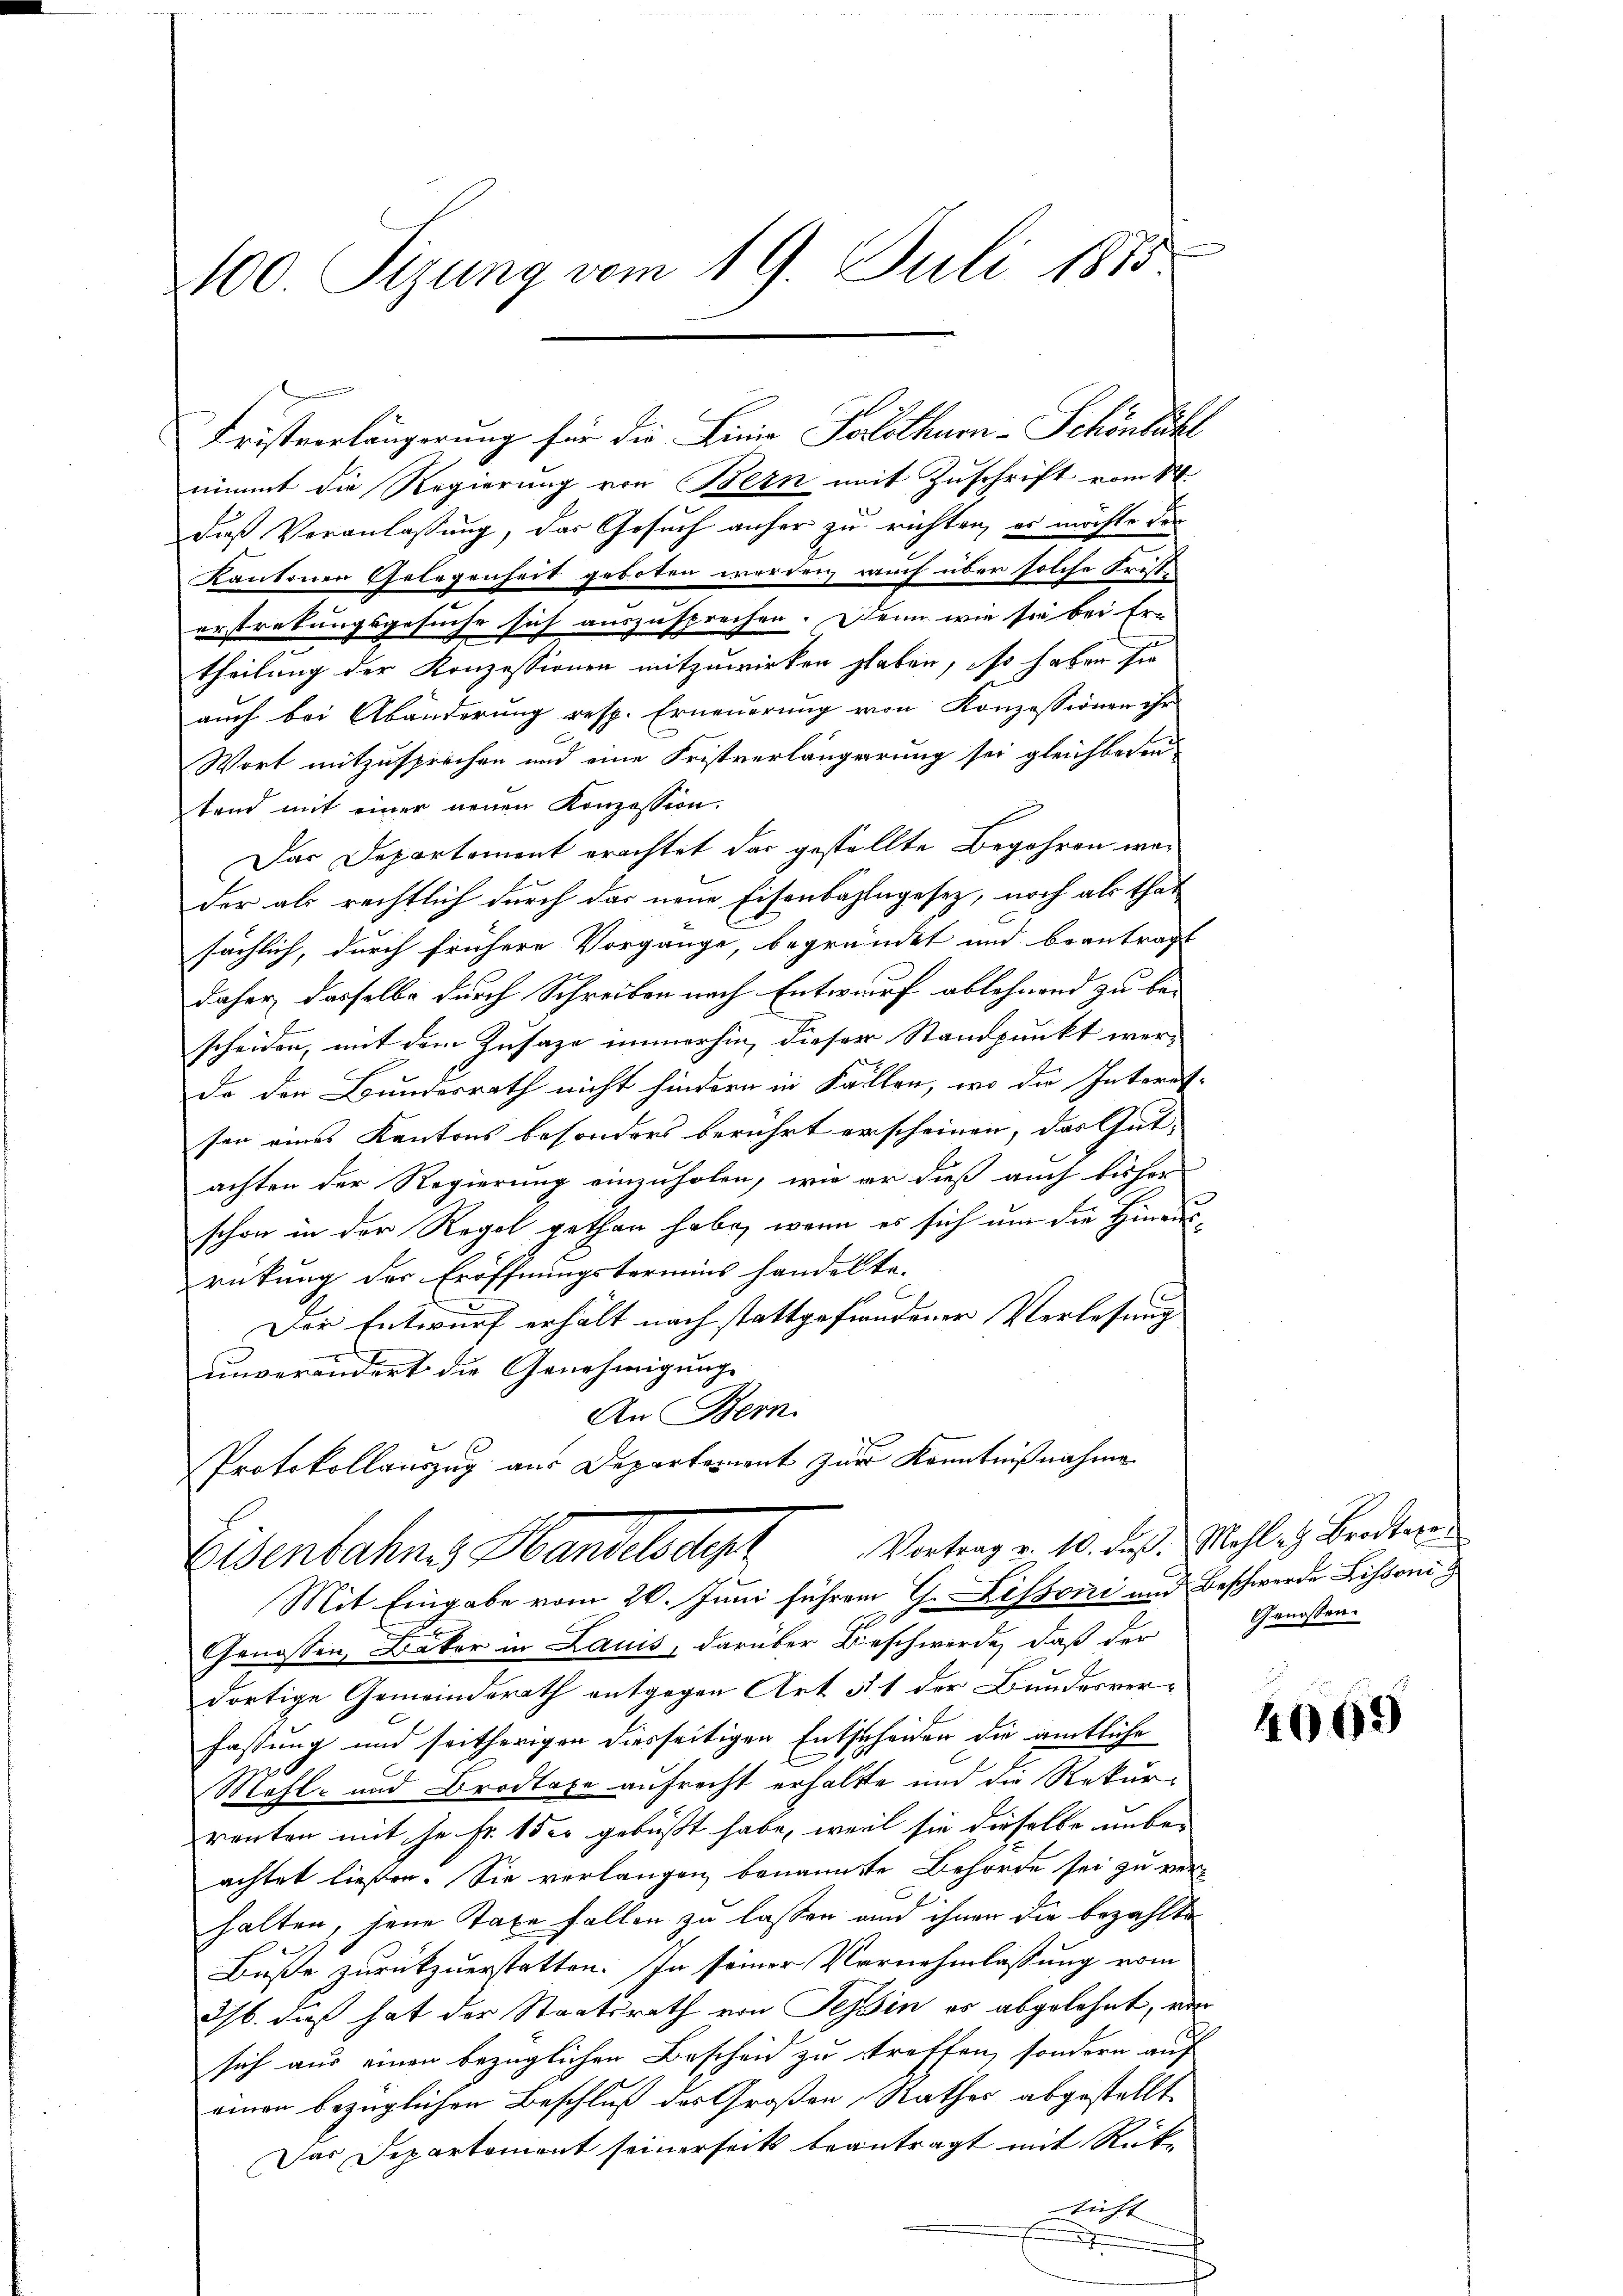
100. Sizung vom 19. Juli 1875

Fristverlängerung für die Linie Solothurn-Schönbühl
nimmt die Regierung von Bern mit Zuschrift vom 1t
dieß Veranlassung, das Gesuch anher zu richten, es möchte der
Kantonen Gelegenheit geboten werden rauch über solche Fristerstrebungsgesuche sich auszusprechen. Denn wie sie bei Er-
theilung der Konzessionen mitzuwirken haben, so haben sie
auch bei Abänderung resp. Erneuerung von Konzessionen ihr
Wort mitzusprechen und eine Fristverlängerung sei gleichbaren
tend mit einer neuen Konzession.
Das Departement erachtet das gestellte Begehren wader als rechtlich durch das neue Eisenbahngesetz, noch als that
sächlich, durch frühere Vorgänge, begründet und beantragt
daher, dasselbe durch Schreiben nach Entwurf ablehnend zu be-
scheiden, mit dem Zusage immerhin, dieser Standpunkt wer-
do den Bundesrath nicht hindern in Fällen, wo die Interes-
sen eines Kantons besonders berührt erscheinen, das Gut-
achten der Regierung einzuholen, wie er dieß auch bisher
schon in der Regel gethan habe, wenn es sich um die Hinausrückung der Eröffnungstermins handelte.
C
Der Entwurf erhält nach stattgefundener Verlesung
unverändert die Genehmigung
An Bern.
Protokollauszug aus Departement zur Kenntnißnahme
Eisenbahnes Handelsdept Vortrag v. 10. des Mahles Bedenen
Mit Eingabe vom 20. Juni führen G. Lissoni und Beschwerde Lissoni
Genossen, Bäker in Lauis, darüber Beschwerde, daß der Genossen-
dortige Gemeindsrath entgegen Art § 1 der Bundesverfassung und seitherigen diesseitigen Entscheiden die amtliche
Mohl- und Brodlage aufrecht erhaltte und die Rekurrenten mit je Fr. 15 er gebüßt habe, weil sie dieselbe unbe-
achtet ließen. Sie verlangen benannte Behörde sei zu verhalten, jene Taxe fallen zu lassen und ihnen die bezahlte
Buße zurückzuerstatten. In seiner Vornehmlassung vom
26. dieß hat der Staatsrath von Tessin es abgelehnt, vo
.
sich aus einen bezüglichen Bescheid zu straffen, sondern auf
einen bezüglichen Beschluß des Großen Rathes abgestellt
Das Departement seinerseits beantragt mit Rükricht

4099